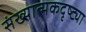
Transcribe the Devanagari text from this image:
संख्यात्मकदृष्ट्या